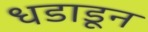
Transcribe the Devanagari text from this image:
धडाडून